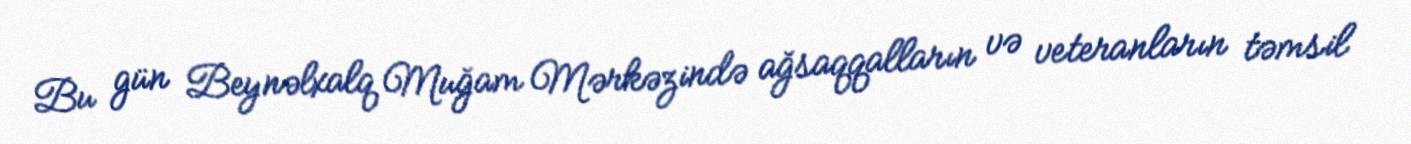
Bu gün Beynəlxalq Muğam Mərkəzində ağsaqqalların və veteranların təmsil